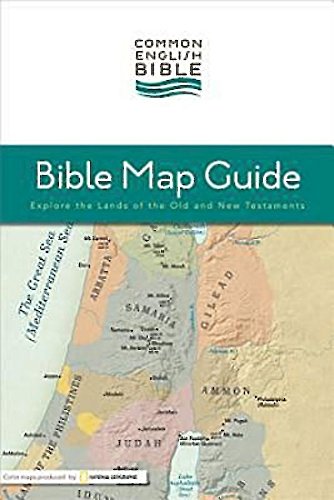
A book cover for CEB Bible Map Guide: Explore the Lands of the Old and New Testaments; Common English Bible; Christian Books & Bibles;